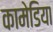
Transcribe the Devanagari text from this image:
कामेडिया